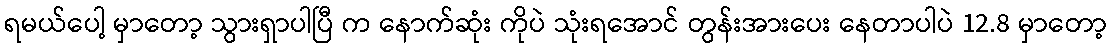
ရမယ်ပေါ့ မှာတော့ သွားရှာပါပြီ က နောက်ဆုံး ကိုပဲ သုံးရအောင် တွန်းအားပေး နေတာပါပဲ 12.8 မှာတော့